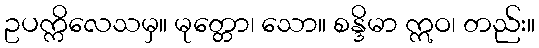
ဥပက္ကိလေသမှ။ မုတ္တော၊ သော။ စန္ဒိမာ ဣဝ၊ တည်း။